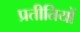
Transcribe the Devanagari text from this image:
प्रतीतियों